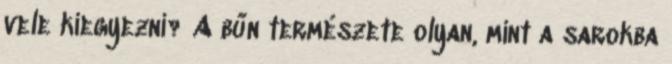
vele kiegyezni? A bűn természete olyan, mint a sarokba